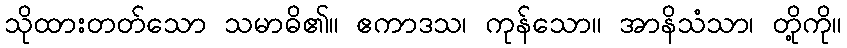
သိုထားတတ်သော သမာဓိ၏။ ဧကာဒသ၊ ကုန်သော။ အာနိသံသာ၊ တို့ကို။